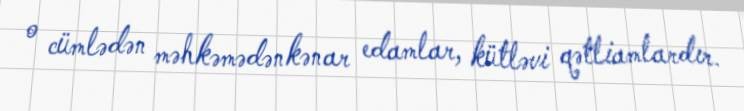
o cümlədən məhkəmədənkənar edamlar, kütləvi qətliamlardır.